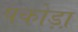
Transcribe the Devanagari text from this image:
पकोड़ा़